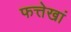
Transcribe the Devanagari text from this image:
फत्तेखां